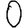
Digit: 0